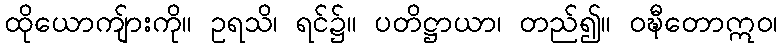
ထိုယောကျ်ားကို။ ဥရသိ၊ ရင်၌။ ပတိဋ္ဌာယာ၊ တည်၍။ ဝဍ္ဎီတောဣဝ၊